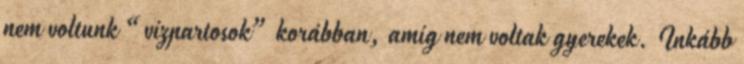
nem voltunk “vízpartosok” korábban, amíg nem voltak gyerekek. Inkább